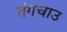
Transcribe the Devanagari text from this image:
तंगचाउ